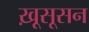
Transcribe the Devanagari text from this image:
ख़ूसूसन